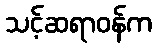
သင့်ဆရာဝန်က